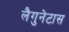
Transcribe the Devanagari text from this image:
लैगुनेटास